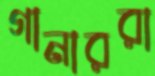
গানাররা